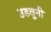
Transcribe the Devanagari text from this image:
उडवूनी